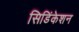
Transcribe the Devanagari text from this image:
सिडिंकेशन